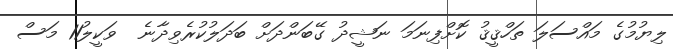
ލިޔުމުގެ މައްސަލަ ތަހްޤީޤު ކޮށްފިނަމަ ނަޝީދު ގޭބަންދަށް ބަދަލުކުރެވިދާނެ  ވަކީލު11 މަސް